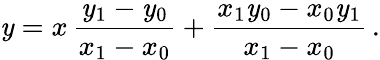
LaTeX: \mathit{y}=x\, {\frac{{\mathit{y}_{1}-\mathit{y}_{0}}}{{x_{1}-x_{0}}}}+{\frac{{x_{1}\mathit{y}_{0}-x_{0}\mathit{y}_{1}}}{{x_{1}-x_{0}}}}\, .